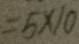
= 5 \times 1 0